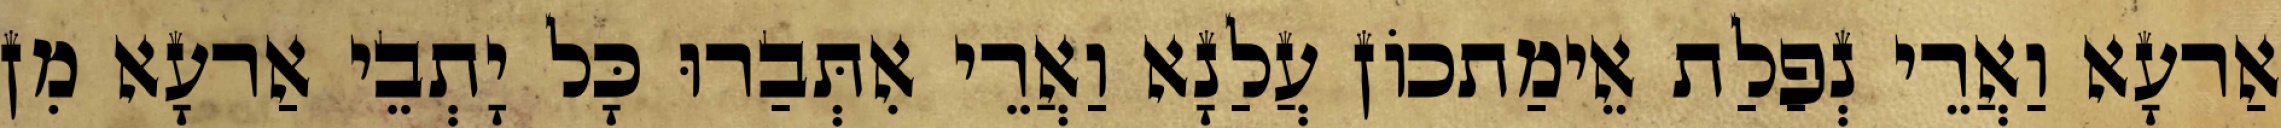
אַרעָא וַאֲרֵי נְפַלַת אֵימַתכוֹן עֲלַנָא וַאֲרֵי אִתְּבַרוּ כָּל יָתְבֵי אַרעָא מִן